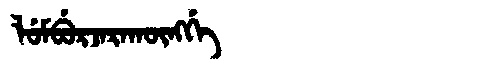
Manchu: ᠯᡠᠮᠪᡠᡵᠵᠠᡵᠠᡴᡡᠩᡤᡝ
Romanization: LUMBURJARAKŪNGGE